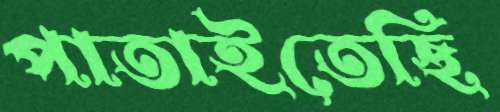
পাতাইতেছি